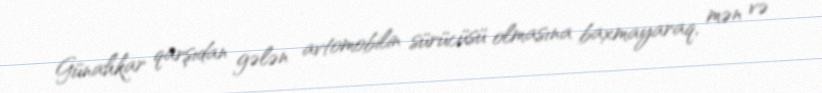
Günahkar qarşıdan gələn avtomobilin sürücüsü olmasına baxmayaraq, mən və